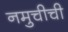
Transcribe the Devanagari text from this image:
नमुचीची